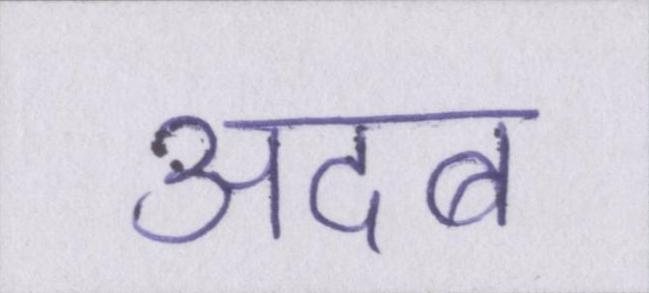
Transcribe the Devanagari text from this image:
अदब